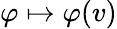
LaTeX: \varphi\mapsto\varphi(v)